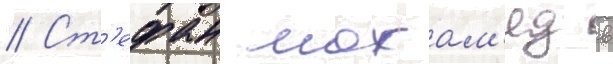
// Ст'ефан мохам'ед в